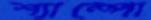
শ্যাম্পো